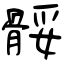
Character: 骽